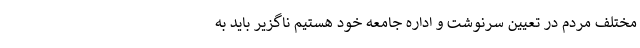
مختلف مردم در تعیین سرنوشت و اداره جامعه خود هستیم ناگزیر باید به